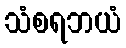
သံစရဘယံ